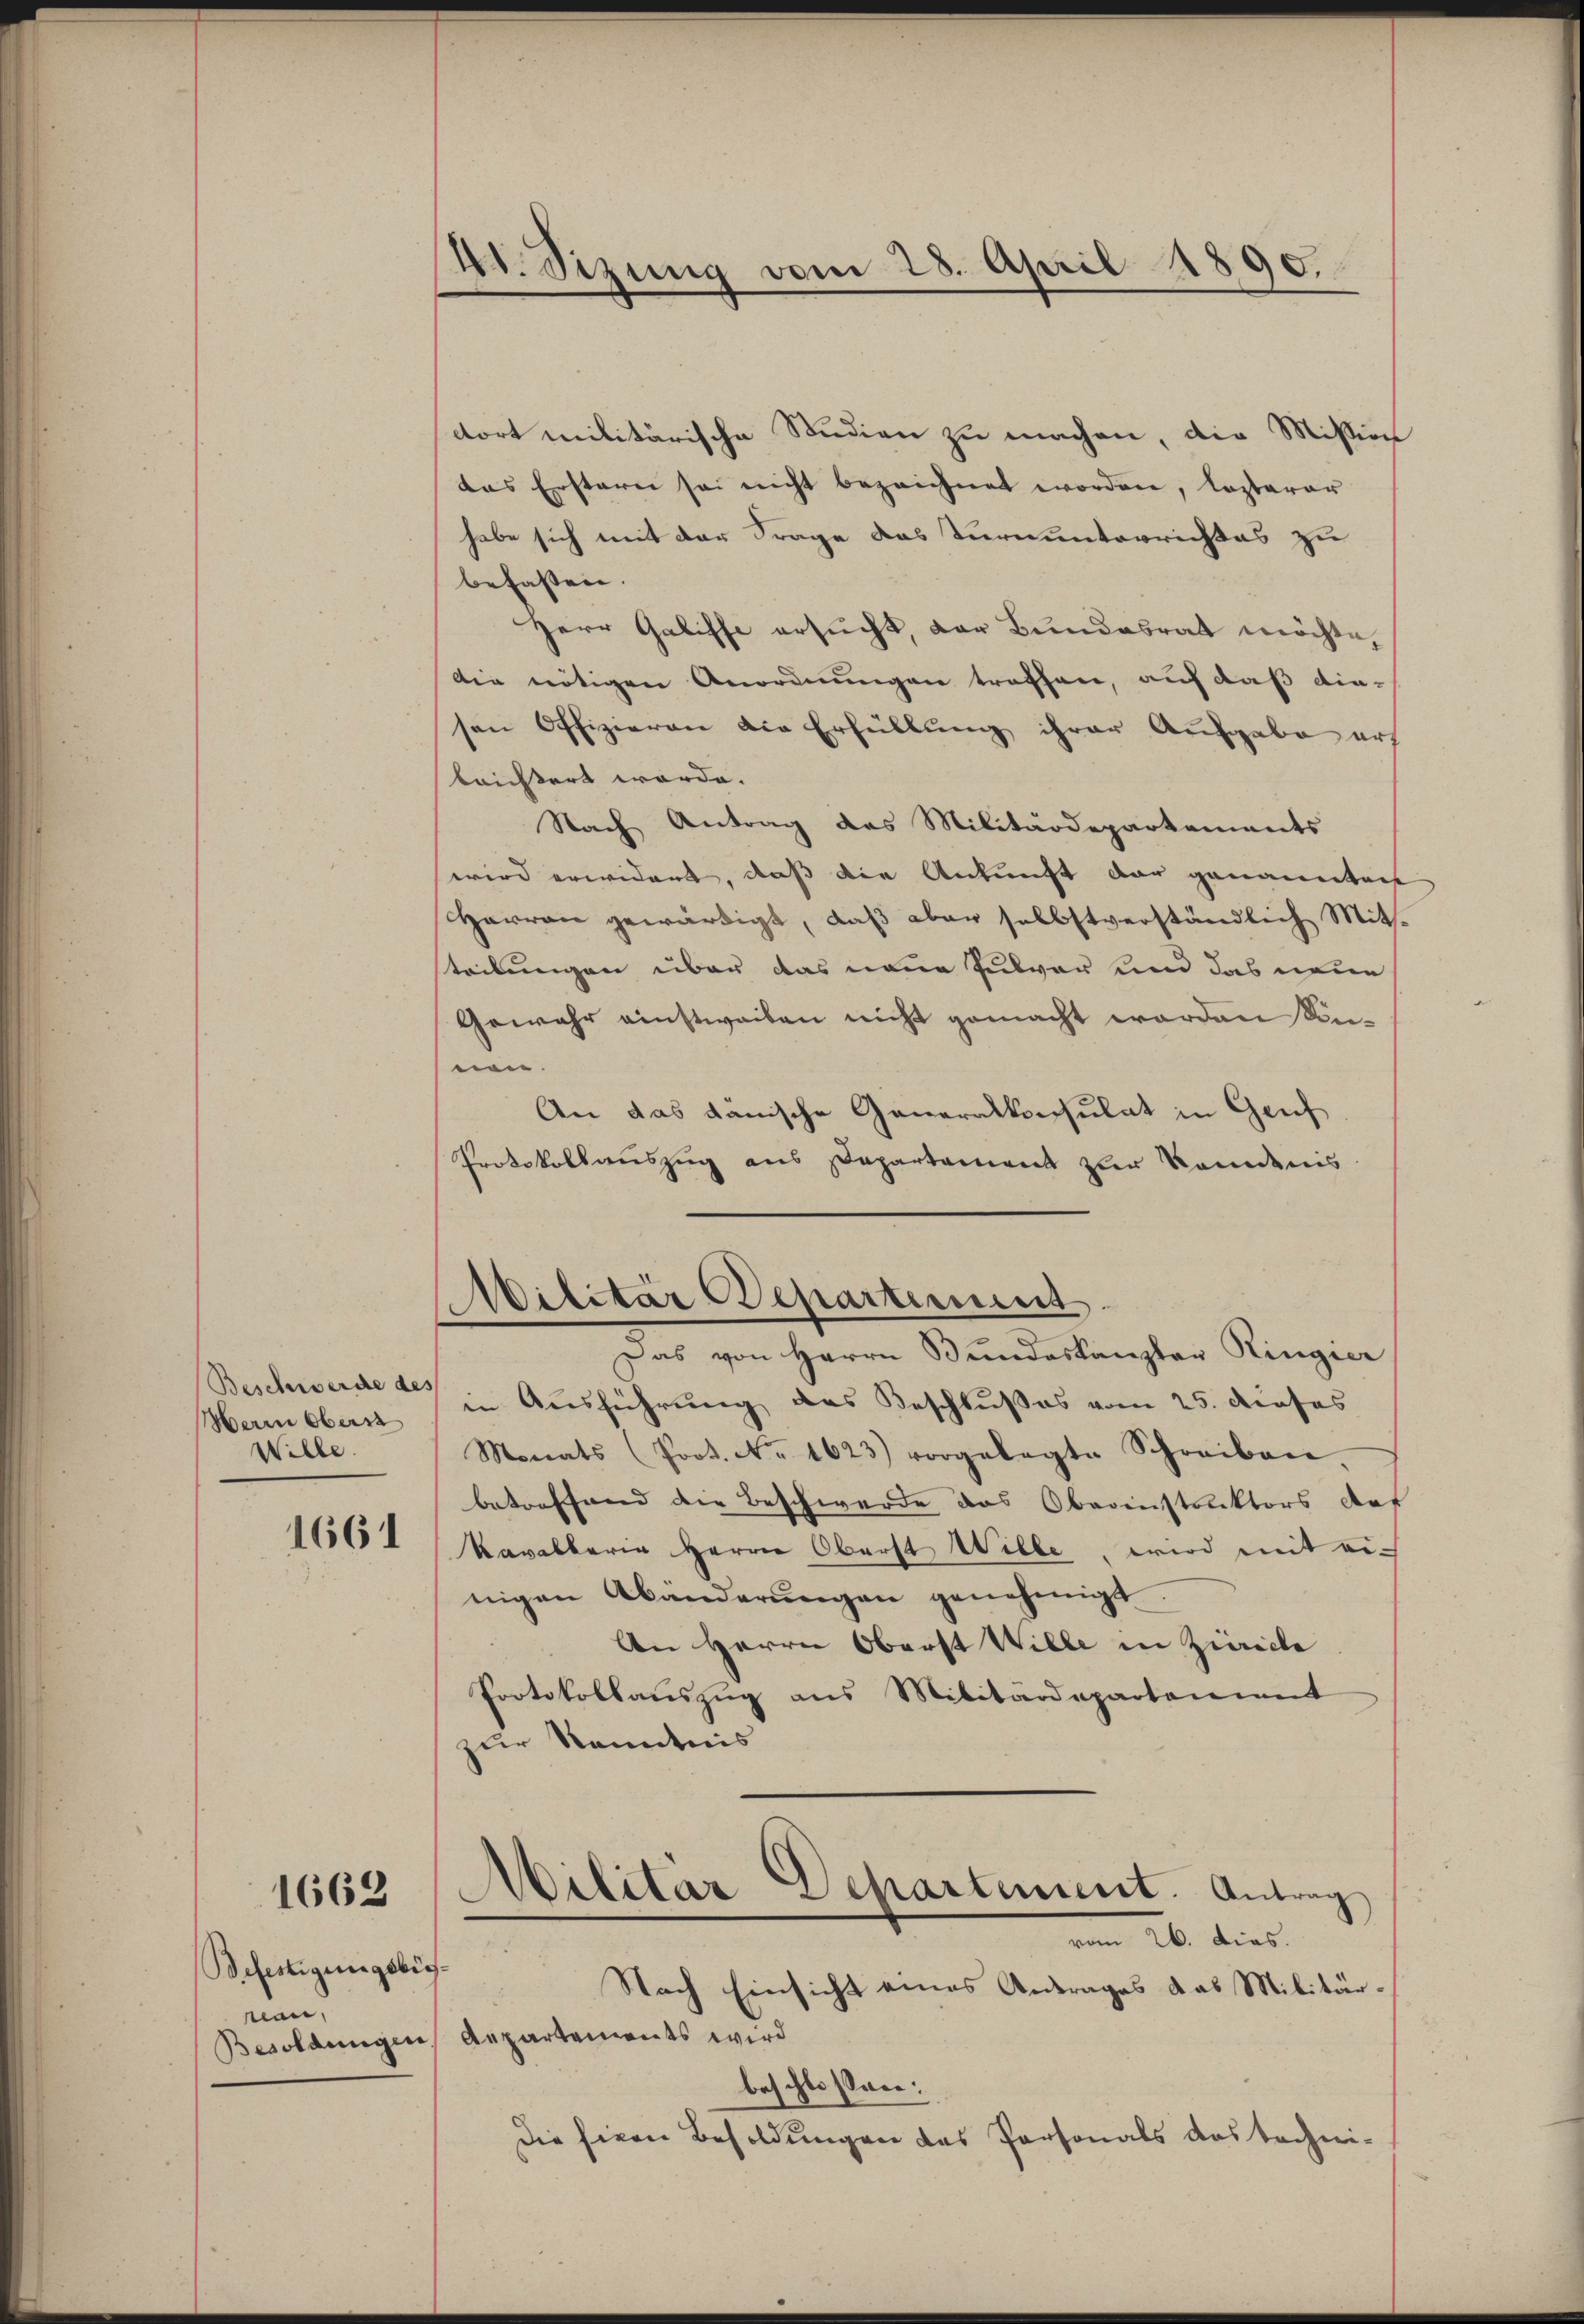
Beschwerde des
Wille.

1661

1662

Befestigungsbes.
rean,

41. Sizung vom 28. April 1890.

dort militärische Studien zu machen, die Mißion
das Erstern sei nicht bezeichnet worden, lezterer
habe sich mit der Frage das Turnunterrichtes zu
befassen.
Herr Galiffe ersucht, der Bundesrat möchte,
die nötigen Anordnungen treffen, auf daß diesen Offizieren die Erfüllung ihrer Ausgabe art
lrichtert werde.
Nach Antrag das Militärdepartements
wird erwidert, daß die Ankunft der genannten
Harran gewärtigt, daß aber selbstverständlich Mitteilungen über das neue Pulver und das neue
Gewahr einstweiben nicht gemacht worden können.
An das dänische Generalkonsulat in Gruf
Protokollauszug aus Departement zur Kandnis
Militär Departement.
Das von Herrn Bŭndeskanzler Ringier
Herm Obers in Ausführung des Beschlußes vom 25. dieses
Monats (Prot. No. 1623) vorgelegte Schreiben.
betreffend die Beschwerde das Oberinstruktors der
Kavallerie Herrn Oberst Wille, wird mit einigen Abänderungen genehmigt
An Herrn Oberst Wille in Zürich
Protokollauszug aus Militärdepartenint
zur Kenntnis
Militär Departement. Antrag
n 26. dies.
Nach Einsicht eines Antrages das Militär¬
Besoldungen, Repartements wird
beschlossen:
Die Eiern Besoldungen das Personals das techni¬